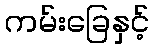
ကမ်းခြေနှင့်